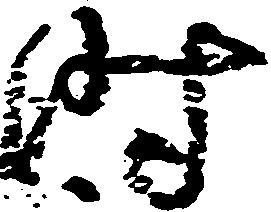
時